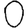
Digit: 0